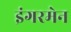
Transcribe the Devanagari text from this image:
इंगरमेन